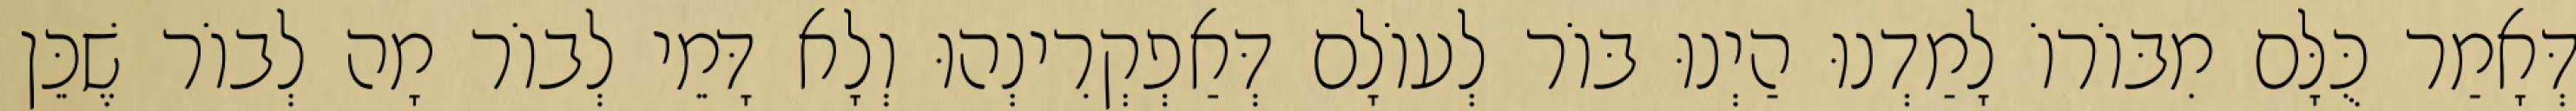
דְּאָמַר כֻּלָּם מִבּוֹרוֹ לָמַדְנוּ הַיְנוּ בּוֹר לְעוֹלָם דְּאַפְקְרִינְהוּ וְלָא דָּמֵי לְבוֹר מָה לְבוֹר שֶׁכֵּן